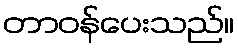
တာဝန်ပေးသည်။